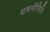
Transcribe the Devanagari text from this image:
धमनीभित्ति